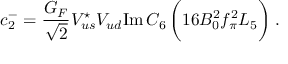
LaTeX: c _ { 2 } ^ { - } = { \frac { G _ { F } } { \sqrt { 2 } } } V _ { u s } ^ { \star } V _ { u d } \mathrm { I m } \, C _ { 6 } \, \biggl ( 1 6 B _ { 0 } ^ { 2 } f _ { \pi } ^ { 2 } L _ { 5 } \biggr ) \; .